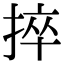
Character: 捽